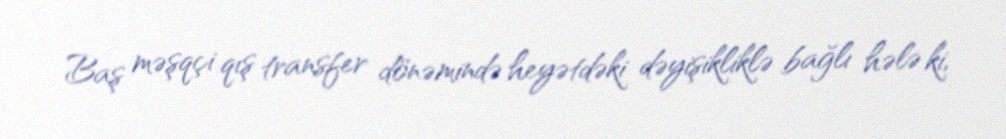
Baş məşqçi qış transfer dönəmində heyətdəki dəyişikliklə bağlı hələ ki,